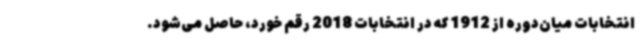
انتخابات میان‌دوره از 1912 که در انتخابات 2018 رقم خورد، حاصل می‌شود.